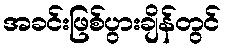
အခင်းဖြစ်ပွားချိန်တွင်